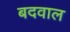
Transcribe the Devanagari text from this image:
बदवाल